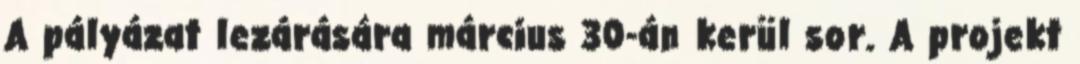
A pályázat lezárására március 30-án kerül sor. A projekt